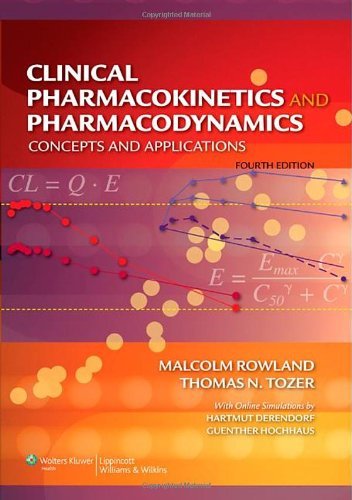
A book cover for By Malcolm Rowland - Clinical Pharmacokinetics and Pharmacodynamics: Concepts and Applications (4th Edition) (12/29/09); Malcolm Rowland; Medical Books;